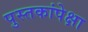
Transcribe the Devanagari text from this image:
पुस्तकांपेक्षा